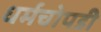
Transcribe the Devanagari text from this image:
धर्मचोपडी